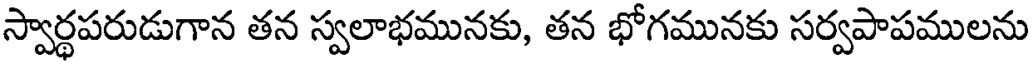
స్వార్థపరుడుగాన తన స్వలాభమునకు, తన భోగమునకు సర్వపాపములను